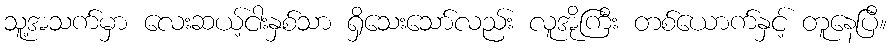
သူ့အသက်မှာ လေးဆယ့်ငါးနှစ်သာ ရှိသေးသော်လည်း လူအိုကြီး တစ်ယောက်နှင့် တူနေပြီ။